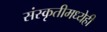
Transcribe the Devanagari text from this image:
संस्कृतीमध्येही